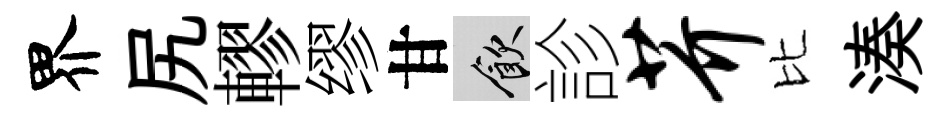
界尻轇缪甘飲診芥比湊